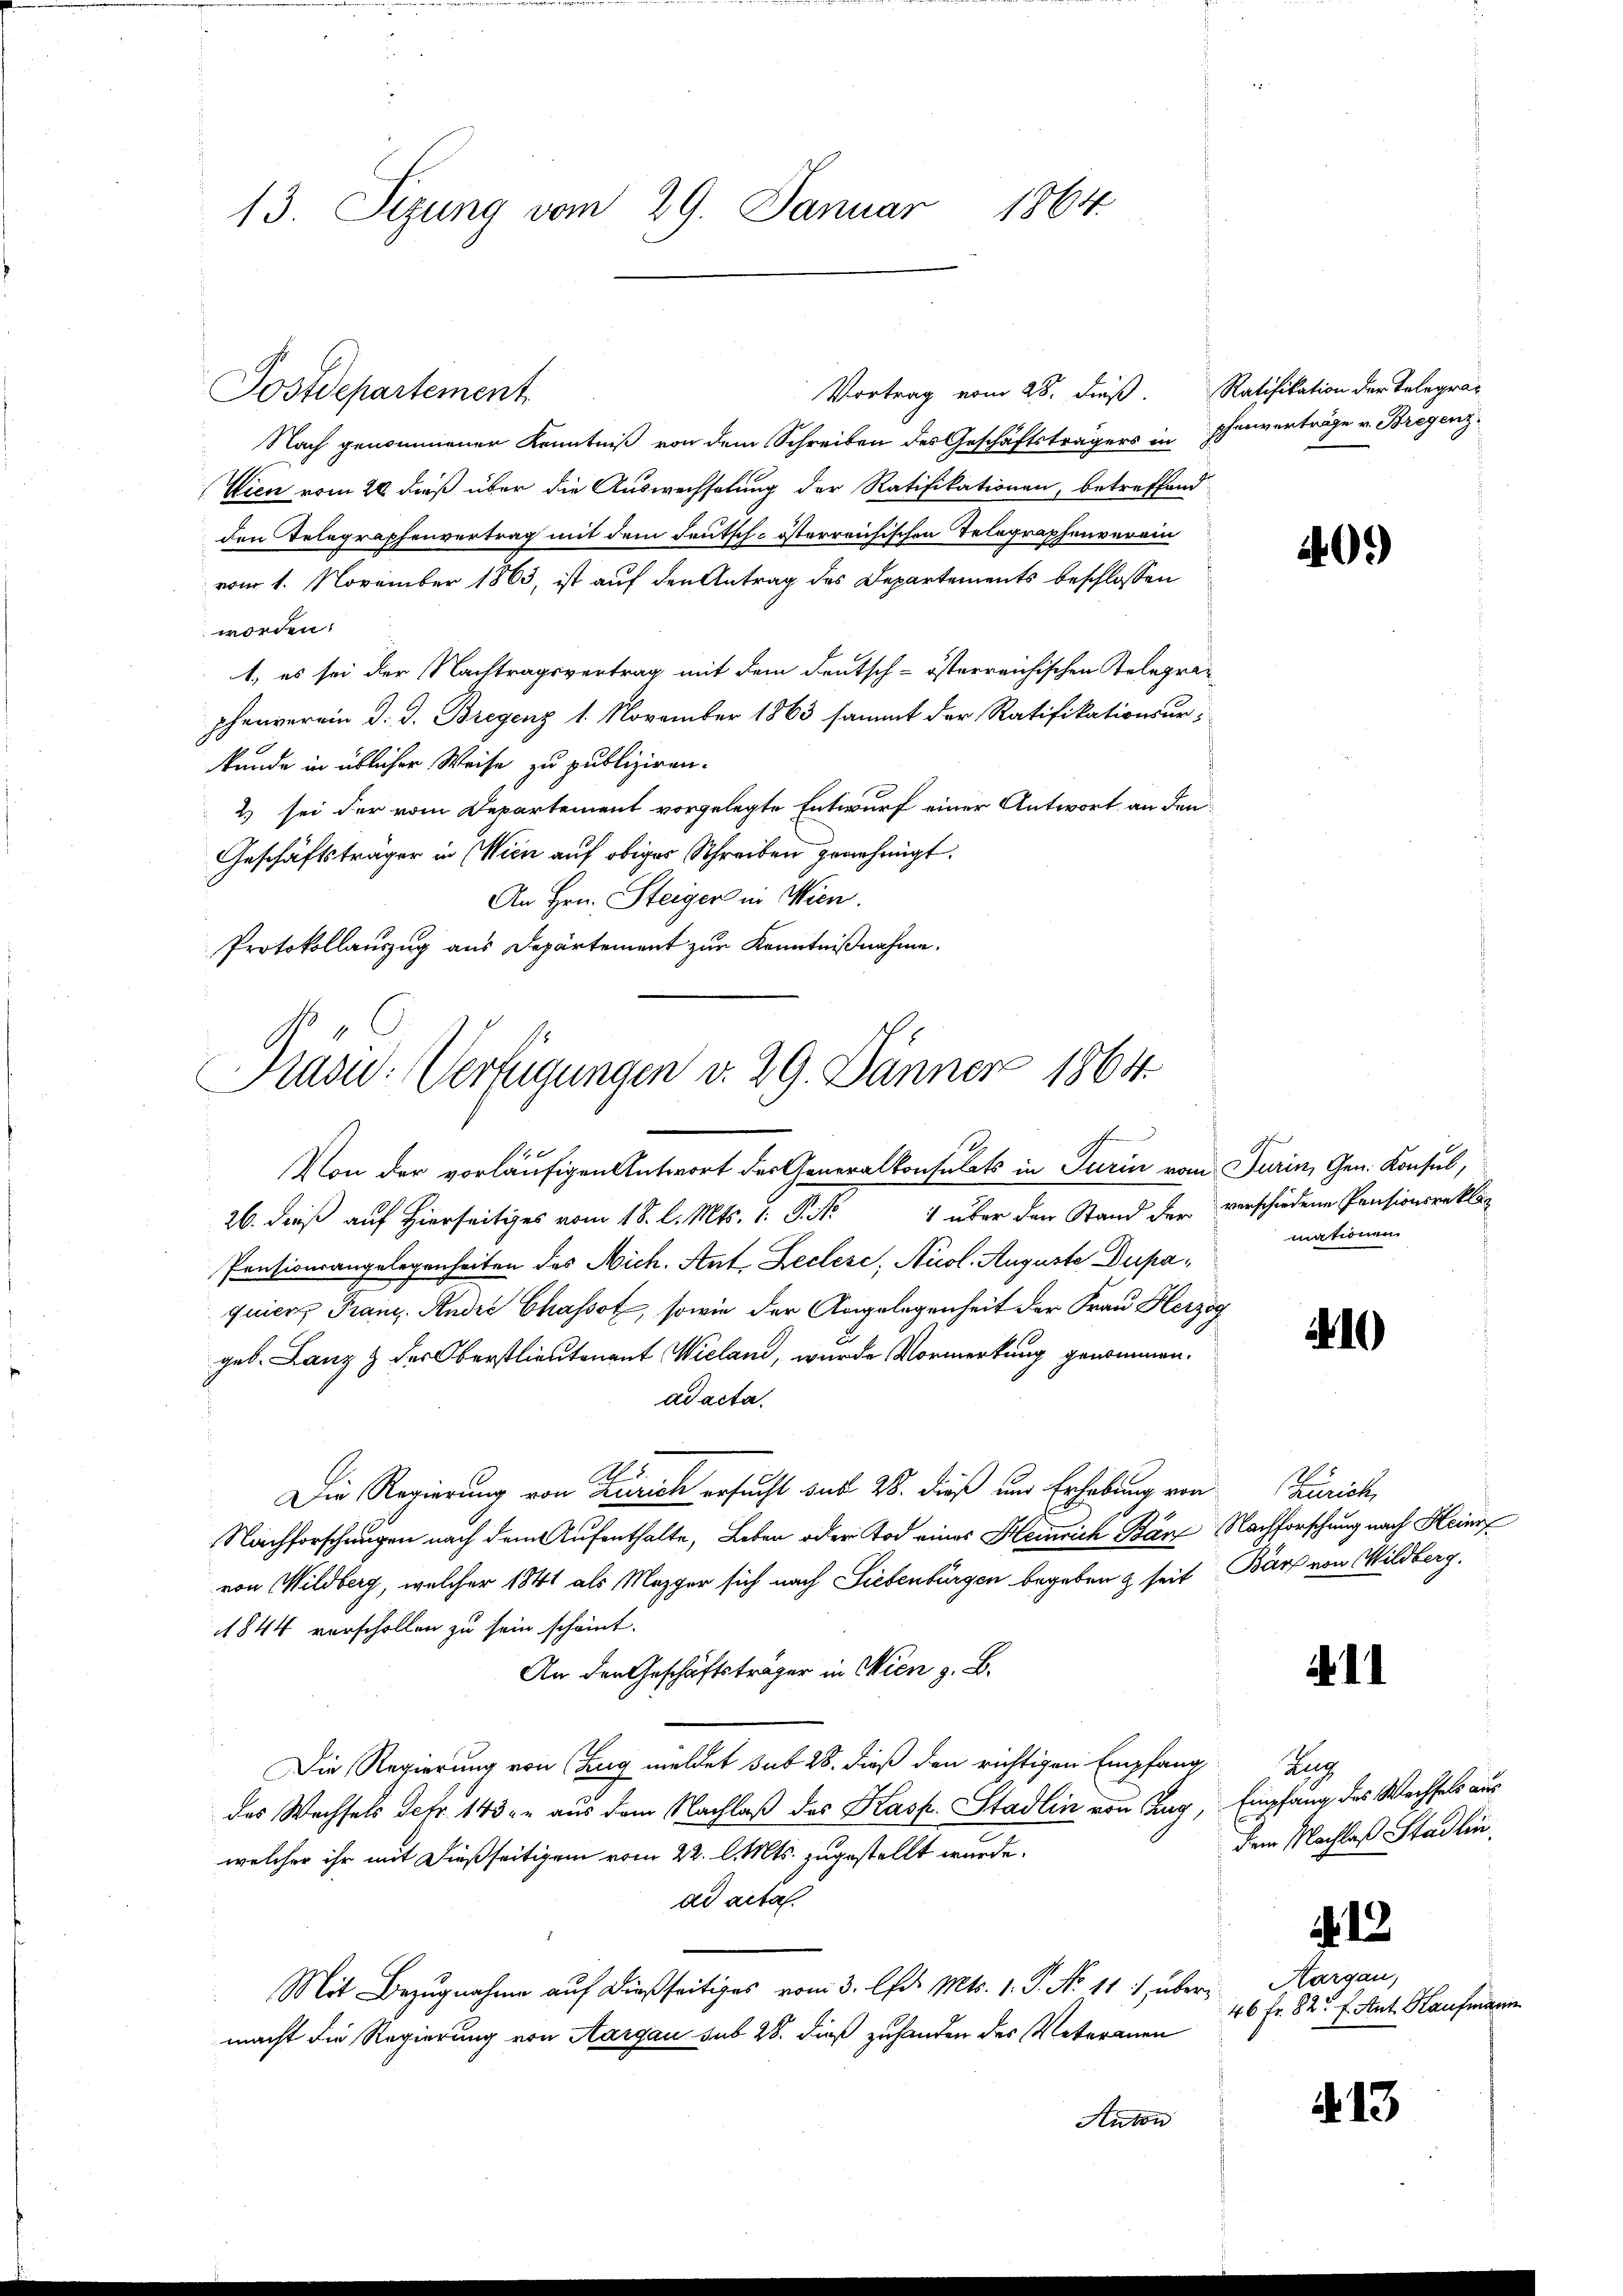
13. Sizung vom 29. Januar 1864.

Vortrag vom 28. dieß. Ratifikation der Telegraz
Postdepartement.
Nach genommener Kenntniß von dem Schreiben des Geschäftsträgers in phenverträge v. Bregenz¬
Wien vom 28. dieß über die Auswechselung der Ratifikationen, betreffend
den Telegraphenvertrag mit dem deutsch-österreichischen Telegraphenverein
vom 1. November 1863, ist auf den Antrag des Departements beschlossen
worden.
1, es sei der Nachtragsvertrag mit dem Deutsch-österreichischen Telegraphenverein d. J. Bregenz 1. November 1863 sammt der Ratifikationsur-
kunde in üblicher Weise zu publiziren.
2) sei der vom Departement vorgelegte Entwurf einer Antwort an den
Geschäftsträger in Wien auf obiger Schreiben genehmigt.
An Hrn. Steiger in Wien.
Protokollauszug aus Departement zur Kenntnißnahme.

2
Präsid. Verfügungen d. 29. Jänner 1864.

Von der vorläufigen Antwort der Generalkonsulats in Turin vom Turin, Gen. Konsul,
26. dieß auf Hierseitiges vom 18. l. Mts. 1. P. Nr.
Pensionsangelegenheiten des Nich. Ant. Zeclese, Nuol. Auguste Dupaquier Franz. Rudić Chassot, sowie der Angelegenheit der Frau Herzog
geb. Lanz & der Oberstlieutenant Wieland, wurde Vormerkung genommen.
ad acta.
Die Regierung von Zürich ersucht aus 28. dieß und Erhebung von Zürich
Nachforschungen nach dem Aufenthalte, Leben oder Tod eines Heinrich Bän Nachforschung nach Heinr
von Wildberg, welcher 1841 als Mezger sich nach Siebenbürgen begeben & seit Burf von Wildberg.
1844 verschollen zu sein scheint.
An den Geschäftsträger in Wien z. B.
Die Regierung von Ling meldet sub 28. dieß den richtigen Empfang
das Wechsels Detr. 143 er aus dem Nachlaß des Kasp. Stadlin von Zug, Empfang des Wechsels aus
welcher ihr mit dießseitigem vom 22. l. Mts. zugestellt wurde.
ad acta.
Mit Bezugnahme auf dießseitiges vom 3. Chr. Mts. 1. P. No 111 übermacht die Regierung von Aargau sub 28. dieß zuhanden des Veterauen
Anton

409)

1 über den Stand der verschiedene Pensionsreklag
mationen

210

N. 11

Zug
dem Nachlaß Stadlin.

.12.

Aargau,
46 Fr. 82 f. Ant. Kaufmann

d. 13